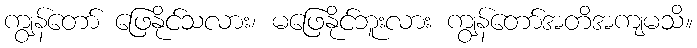
ကျွန်တော် ဖြေနိုင်သလား၊ မဖြေနိုင်ဘူးလား ကျွန်တော်အတိအကျမသိ။